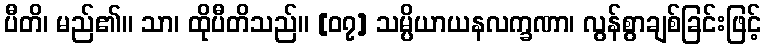
ပီတိ၊ မည်၏။ သာ၊ ထိုပီတိသည်။ [၀၇] သမ္ပိယာယနလက္ခဏာ၊ လွန်စွာချစ်ခြင်းဖြင့်